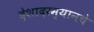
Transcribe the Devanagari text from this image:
देशादरम्यानचे